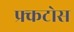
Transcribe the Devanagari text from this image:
फ्र्कटोस